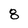
Character: 8